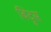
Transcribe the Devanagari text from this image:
बिंदुस